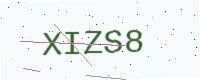
Text: XIZS8